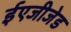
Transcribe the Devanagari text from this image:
ईएजीजेड